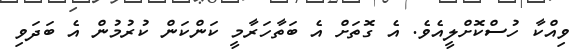
ވިއްކާ ހުސްކޮށްލީއެވެ. އެ ގޮތަށް އެ ބަތާހަރާމީ ކަންކަން ކުރުމުން އެ ބަދަވި